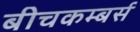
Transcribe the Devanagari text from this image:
बीचकम्बर्स